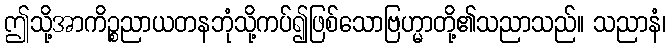
ဤသို့အာကိဉ္စညာယတနဘုံသို့ကပ်၍ဖြစ်သောဗြဟ္မာတို့၏သညာသည်။ သညာနံ၊